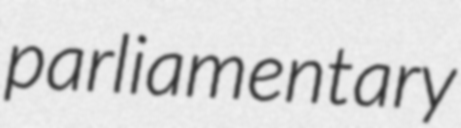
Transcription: parliamentary